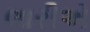
લારીએ